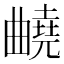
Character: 𣍕